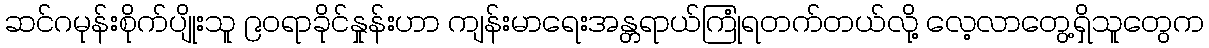
ဆင်ဂမုန်းစိုက်ပျိုးသူ ၉ဝရာခိုင်နှုန်းဟာ ကျန်းမာရေးအန္တရာယ်ကြုံရတက်တယ်လို့ လေ့လာတွေ့ရှိသူတွေက